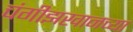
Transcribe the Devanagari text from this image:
चंगीझखानच्या